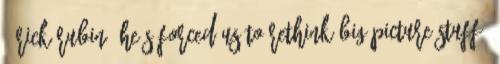
↑ Rick Rubin:'He's Forced Us To Rethink Big-Picture Stuff'